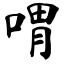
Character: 喟